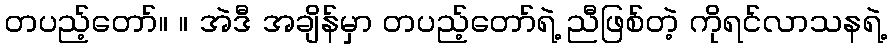
တပည့်တော်။ ။ အဲဒီ အချိန်မှာ တပည့်တော်ရဲ့ ညီဖြစ်တဲ့ ကိုရင်လာသနရဲ့